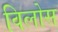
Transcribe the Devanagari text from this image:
विलोस